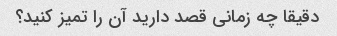
دقیقا چه زمانی قصد دارید آن را تمیز کنید؟